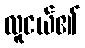
လူငယ်၏